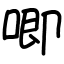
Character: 唧